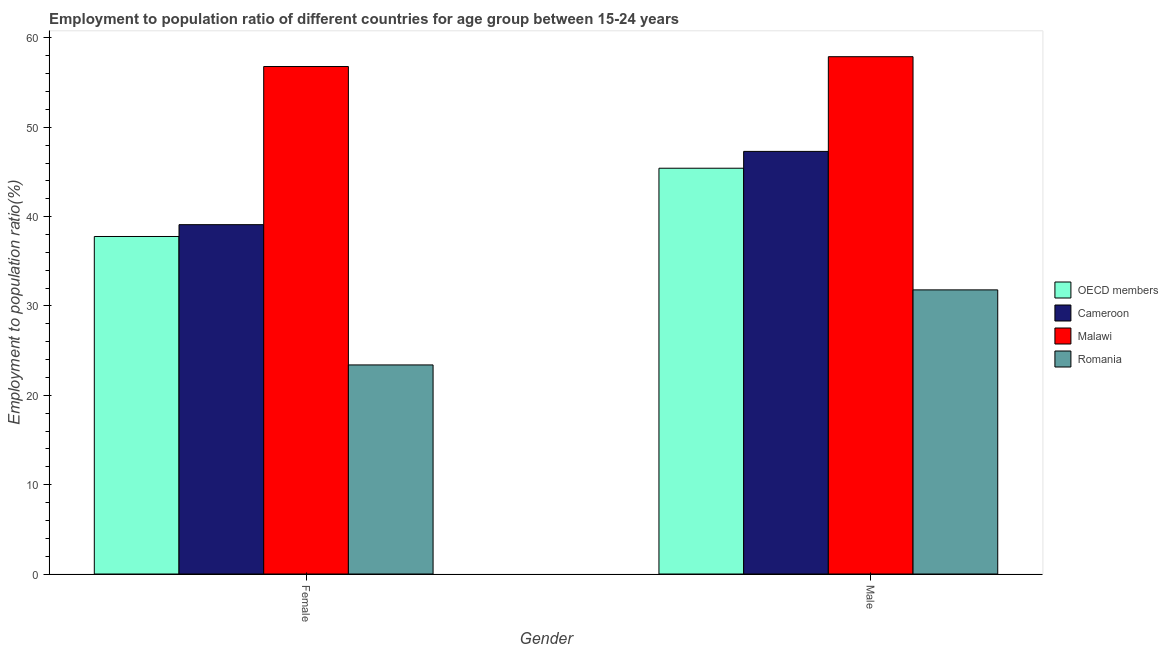
| Gender | OECD members | Cameroon | Malawi | Romania |
 | --- | --- | --- | --- | --- |
 | Female | 37.8 | 39.1 | 56.8 | 23.4 |
 | Male | 45.4 | 47.3 | 57.9 | 31.8 |